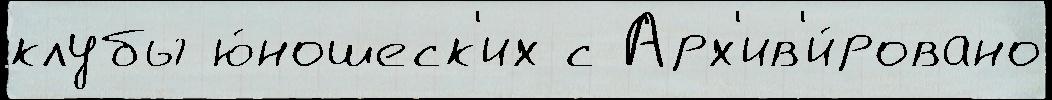
клубы ю́ношеск'их с Арх'ив'и́ровано